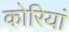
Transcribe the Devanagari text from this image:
कोरियां